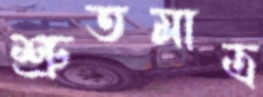
শ্রুতমাত্র